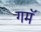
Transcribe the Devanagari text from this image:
गमॅ